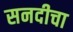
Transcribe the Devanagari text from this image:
सनदीचा